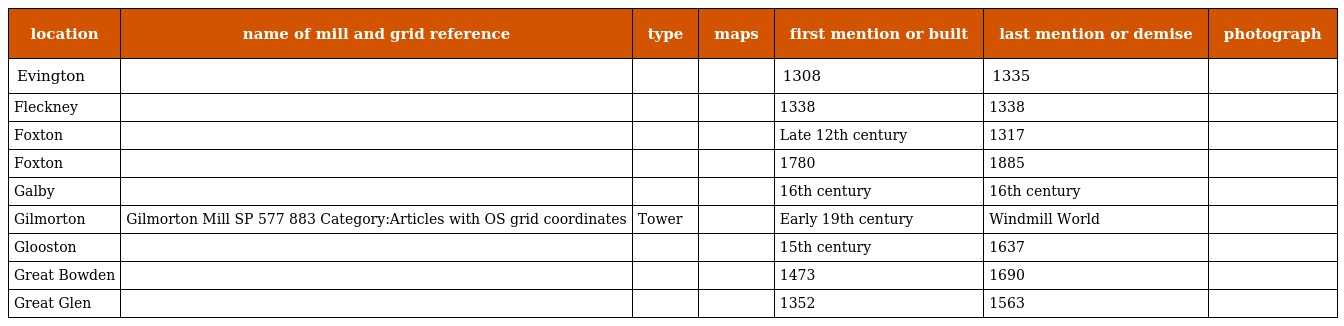
| location | name of mill and grid reference | type | maps | first mention or built | last mention or demise | photograph |
 | --- | --- | --- | --- | --- | --- | --- |
 | Evington |  |  |  | 1308 | 1335 |  |
 | Fleckney |  |  |  | 1338 | 1338 |  |
 | Foxton |  |  |  | Late 12th century | 1317 |  |
 | Foxton |  |  |  | 1780 | 1885 |  |
 | Galby |  |  |  | 16th century | 16th century |  |
 | Gilmorton | Gilmorton Mill SP 577 883 Category:Articles with OS grid coordinates | Tower |  | Early 19th century | Windmill World |  |
 | Glooston |  |  |  | 15th century | 1637 |  |
 | Great Bowden |  |  |  | 1473 | 1690 |  |
 | Great Glen |  |  |  | 1352 | 1563 |  |